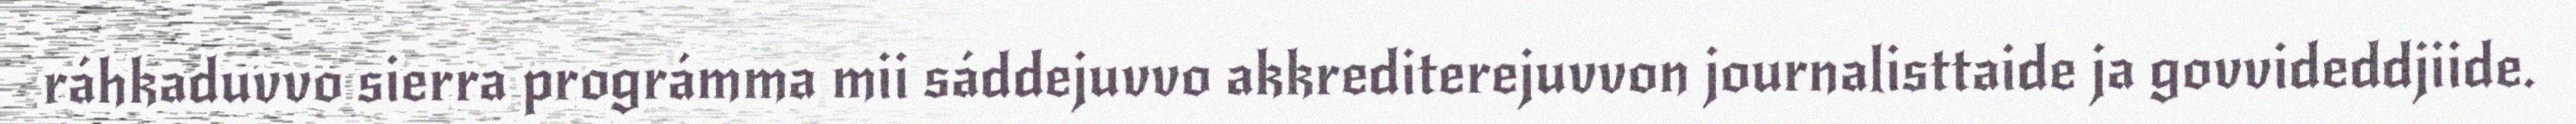
ráhkaduvvo sierra prográmma mii sáddejuvvo akkrediterejuvvon journalisttaide ja govvideddjiide.